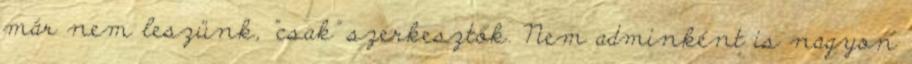
már nem leszünk, "csak" szerkesztők. Nem adminként is nagyon